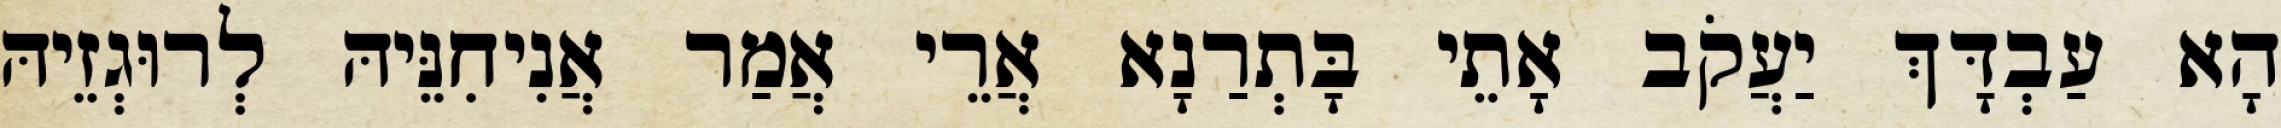
הָא עַבְדָּךְ יַעֲקֹב אָתֵי בָּתְרַנָא אֲרֵי אֲמַר אֲנִיחִנֵּיהּ לְרוּגְזֵיהּ